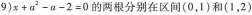
9)x+a^{2}-a-2=0的两根分别在区间(0，1)和(1，2)